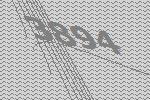
3894